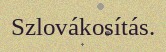
Szlovákosítás.